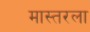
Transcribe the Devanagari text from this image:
मास्तरला